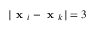
| \textbf { x } _ { i } - \textbf { x } _ { k } | = 3